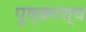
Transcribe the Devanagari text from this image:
पुष्करश्च